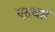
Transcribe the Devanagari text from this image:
एतवार